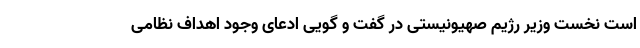
است نخست وزیر رژیم صهیونیستی در گفت و گویی ادعای وجود اهداف نظامی